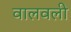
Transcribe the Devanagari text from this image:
वालवली